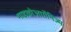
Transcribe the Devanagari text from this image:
माइक्रोआर्गेनिज्म